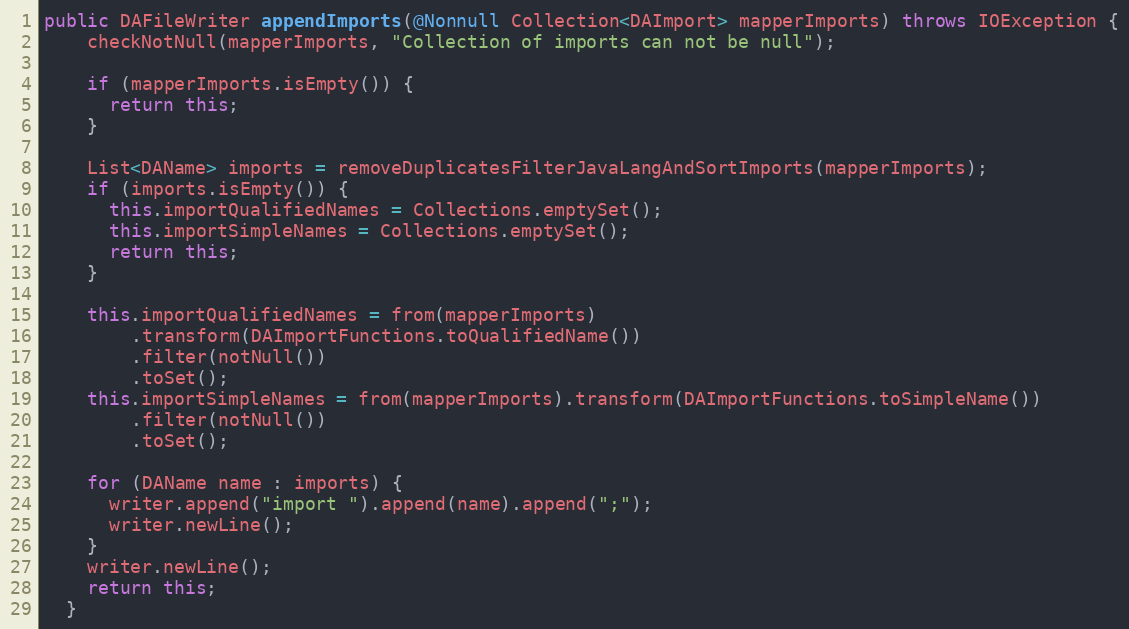
Language: Java
public DAFileWriter appendImports(@Nonnull Collection<DAImport> mapperImports) throws IOException {
    checkNotNull(mapperImports, "Collection of imports can not be null");

    if (mapperImports.isEmpty()) {
      return this;
    }

    List<DAName> imports = removeDuplicatesFilterJavaLangAndSortImports(mapperImports);
    if (imports.isEmpty()) {
      this.importQualifiedNames = Collections.emptySet();
      this.importSimpleNames = Collections.emptySet();
      return this;
    }

    this.importQualifiedNames = from(mapperImports)
        .transform(DAImportFunctions.toQualifiedName())
        .filter(notNull())
        .toSet();
    this.importSimpleNames = from(mapperImports).transform(DAImportFunctions.toSimpleName())
        .filter(notNull())
        .toSet();

    for (DAName name : imports) {
      writer.append("import ").append(name).append(";");
      writer.newLine();
    }
    writer.newLine();
    return this;
  }